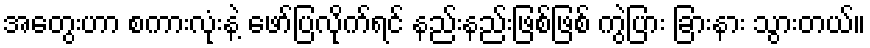
အတွေးဟာ စကားလုံးနဲ့ ဖော်ပြလိုက်ရင် နည်းနည်းဖြစ်ဖြစ် ကွဲပြား ခြားနား သွားတယ်။